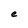
Character: e